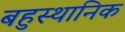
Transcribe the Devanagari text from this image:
बहुस्थानिक